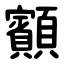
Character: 顮